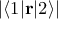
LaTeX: | \langle 1 | \mathbf { r } | 2 \rangle |